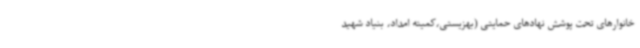
خانوارهای تحت پوشش نهادهای حمایتی (بهزیستی،کمیته امداد، بنیاد شهید